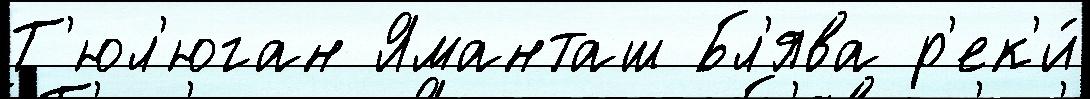
Т'юл'юган Яманташ Бл'ява р'ек'и́